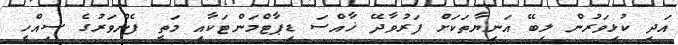
އަދި ކުޅިވަރުން ލިބޭ އަނިޔާތަކަށް ފަރުވާދޭ ޚާއްސަ ޑިޕާޓްމަންޓަކާއި މަތީ ފެންވަރުގެ ސިއްހީ